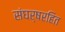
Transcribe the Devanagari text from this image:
संघर्षरहित